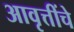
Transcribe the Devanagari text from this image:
आवृत्तींचे